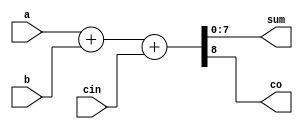
module rca_nb(
    input [n-1:0] a,
    input [n-1:0] b,
    input cin,
    output reg [n-1:0] sum,
    output reg co
    );
	
    parameter n = 8;
    
    always @(a,b,cin)
    begin
       {co,sum} = a + b + cin;    
    end
    
endmodule